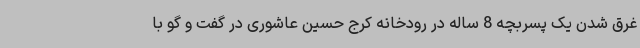
غرق شدن یک پسربچه 8 ساله در رودخانه کرج حسین عاشوری در گفت و گو با